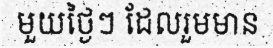
មួយថ្ងៃៗ ដែលរួមមាន